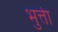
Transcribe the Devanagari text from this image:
भुत्तेा